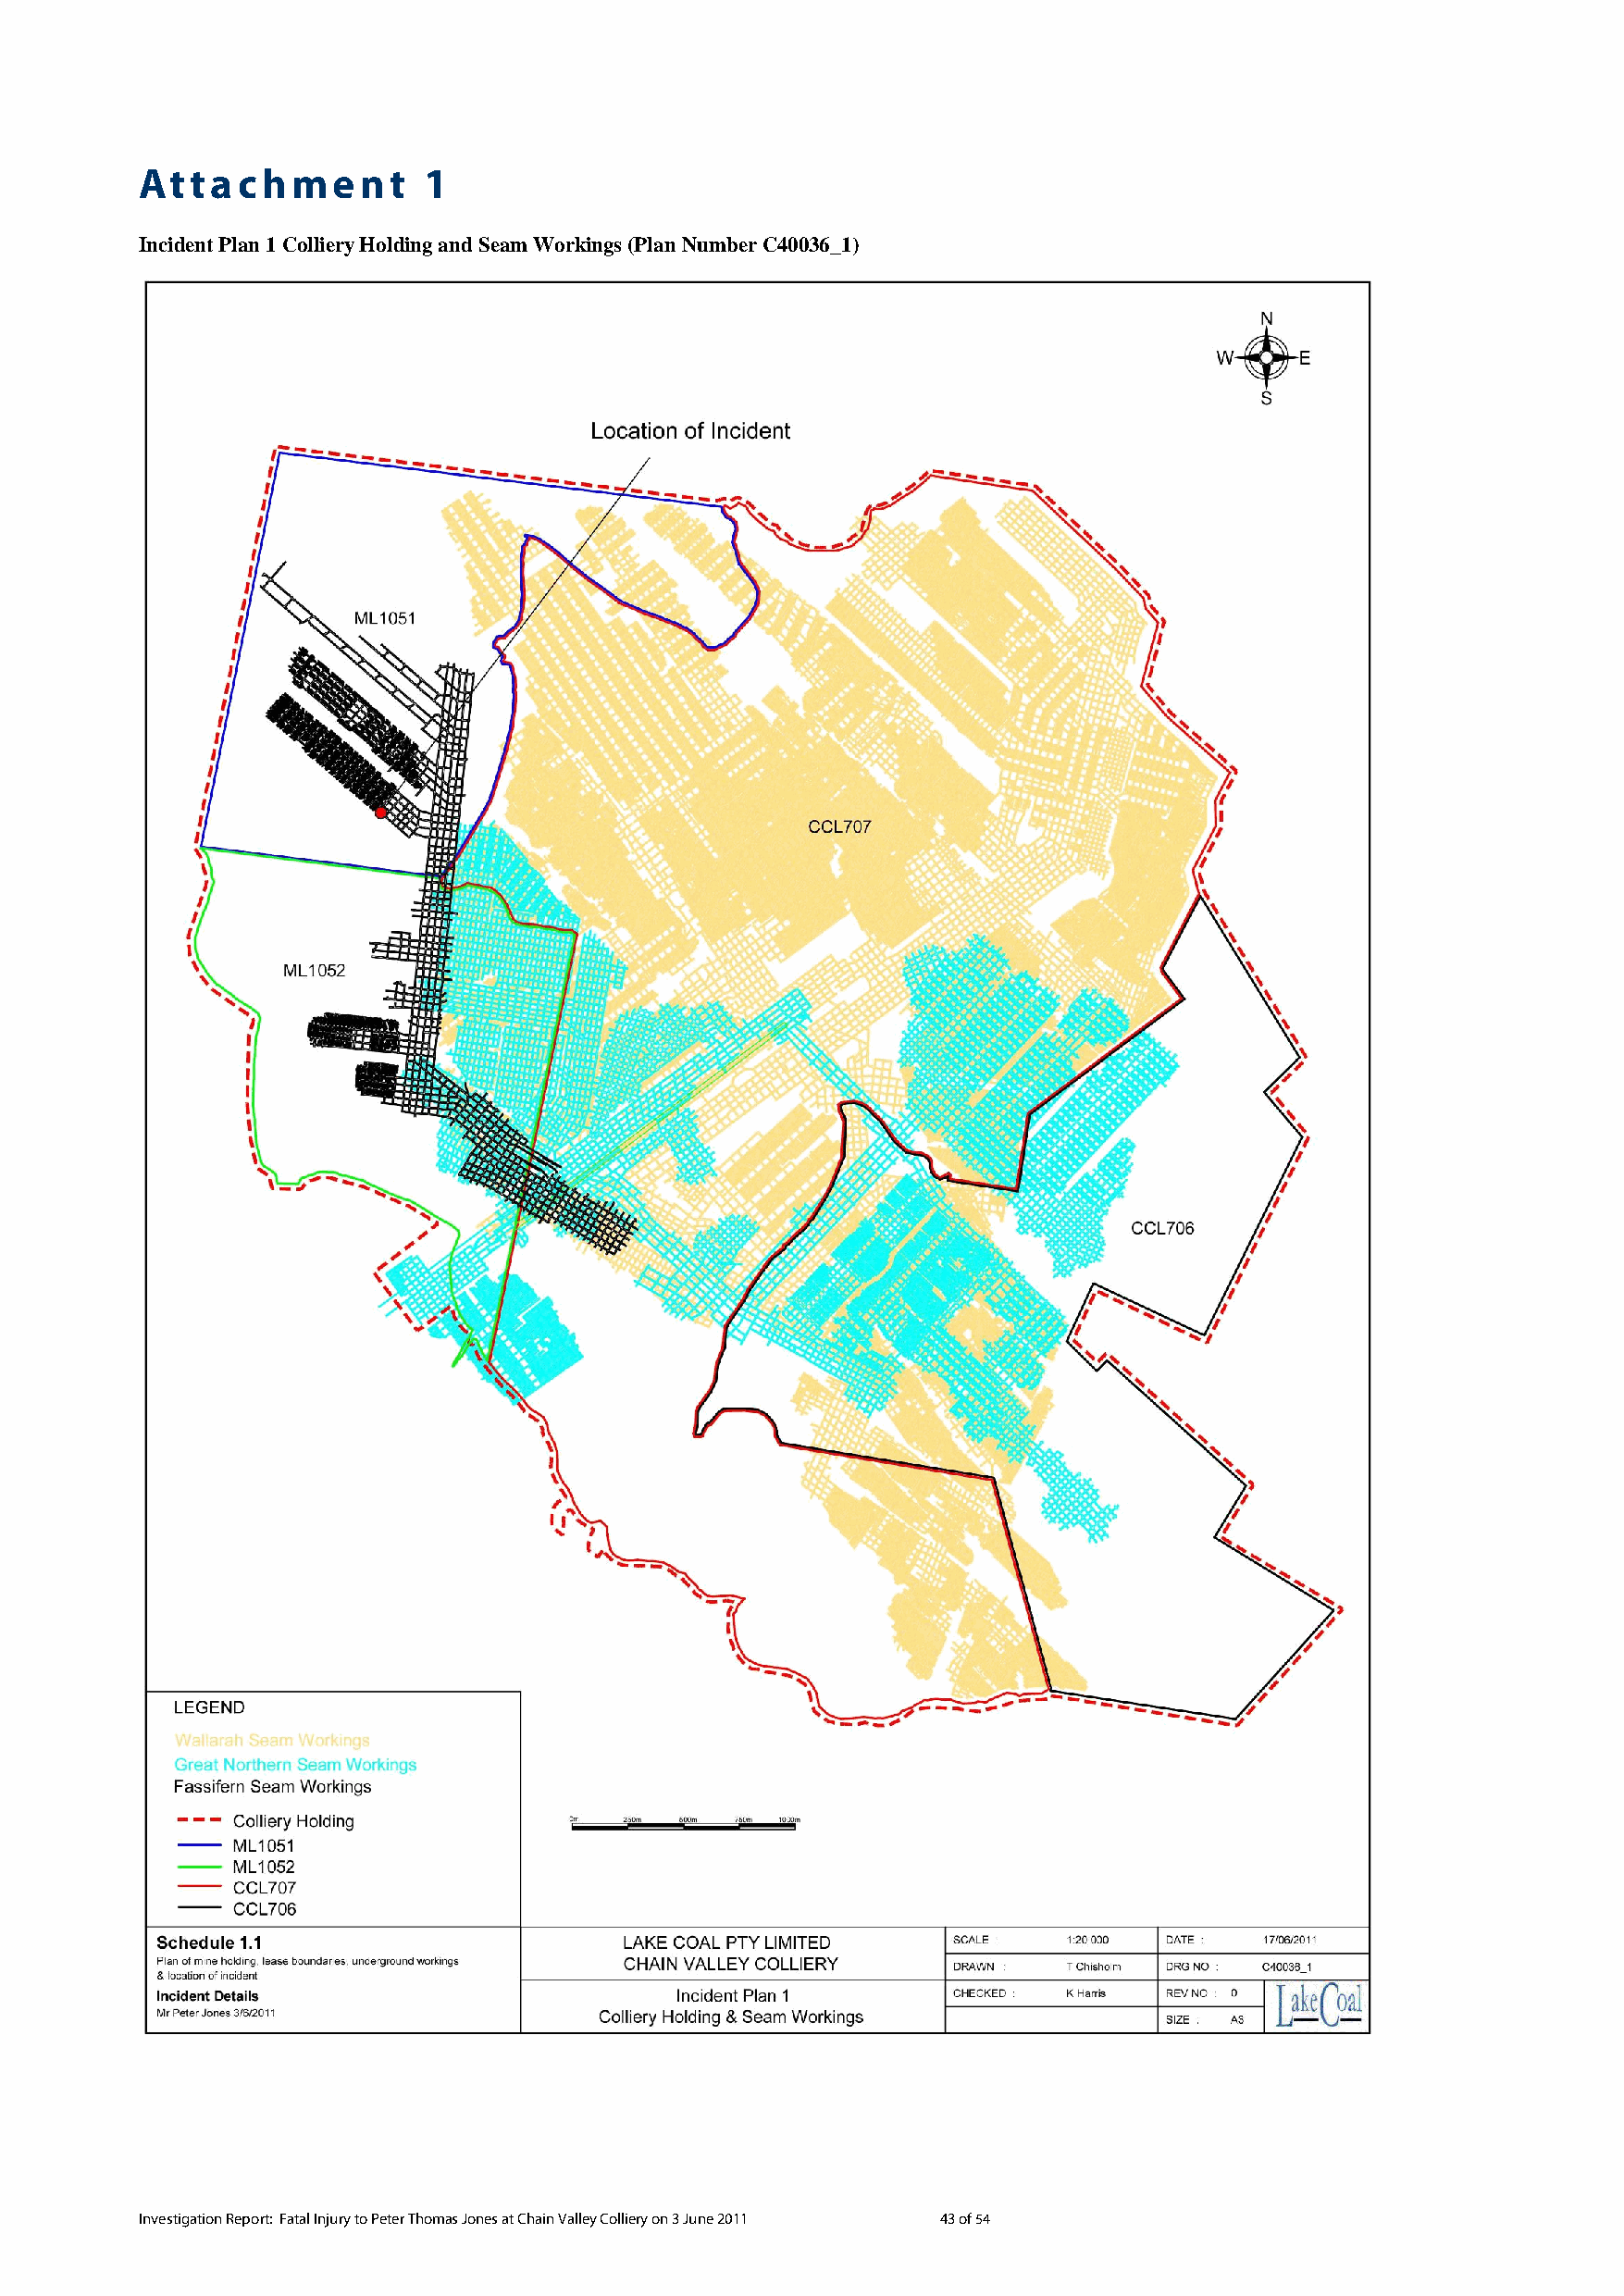
Attachment          1
 Incident Plan 1 Colliery Holding and Seam Workings (Plan Number C40036_1)
 Investigation Report: Fatal Injury to Peter Thomas Jones at Chain Valley Colliery on 3 June 2011 43 of 54